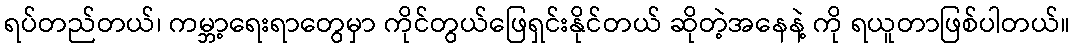
ရပ်တည်တယ်၊ ကမ္ဘာ့ရေးရာတွေမှာ ကိုင်တွယ်ဖြေရှင်းနိုင်တယ် ဆိုတဲ့အနေနဲ့ ကို ရယူတာဖြစ်ပါတယ်။